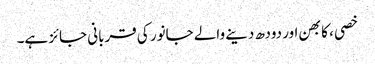
خصی ، کابھن اور دودھ دینے والے جانور کی قربانی جائز ہے۔